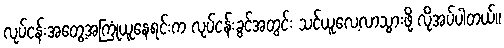
လုပ်ငန်းအတွေ့အကြုံယူနေရင်းက လုပ်ငန်းခွင်အတွင်း သင်ယူလေ့လာသွားဖို့ လိုအပ်ပါတယ်။